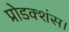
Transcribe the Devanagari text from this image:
प्रोडक्शंस।